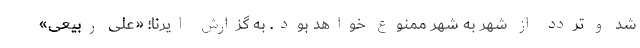
شد و تردد از شهر به شهر ممنوع خواهد بود. به گزارش ایرنا؛ «علی ربیعی»